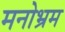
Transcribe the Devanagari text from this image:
मनोभ्रम